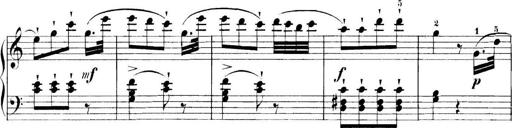
Title: 11 Sonatinas
Composer: Anton Diabelli